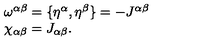
\begin{array} { l } { \omega ^ { \alpha \beta } = \{ \eta ^ { \alpha } , \eta ^ { \beta } \} = - J ^ { \alpha \beta } } \\ { \chi _ { \alpha \beta } = J _ { \alpha \beta } . } \\ \end{array}